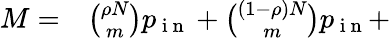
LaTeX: \begin{array}{rl}{M=}&{{}\binom{\rho N}{m}p_{\mathrm{~i~n~}}+\binom{(1-\rho)N}{m}p_{\mathrm{~i~n~}}+}\end{array}